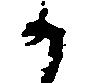
か